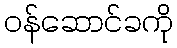
ဝန်ဆောင်ခကို